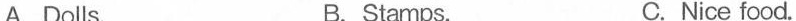
A.Dolls. B. Stamps. C. Nice food.